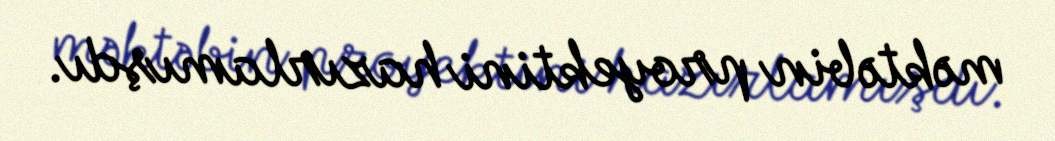
məktəbin proyektini hazırlamışdı.